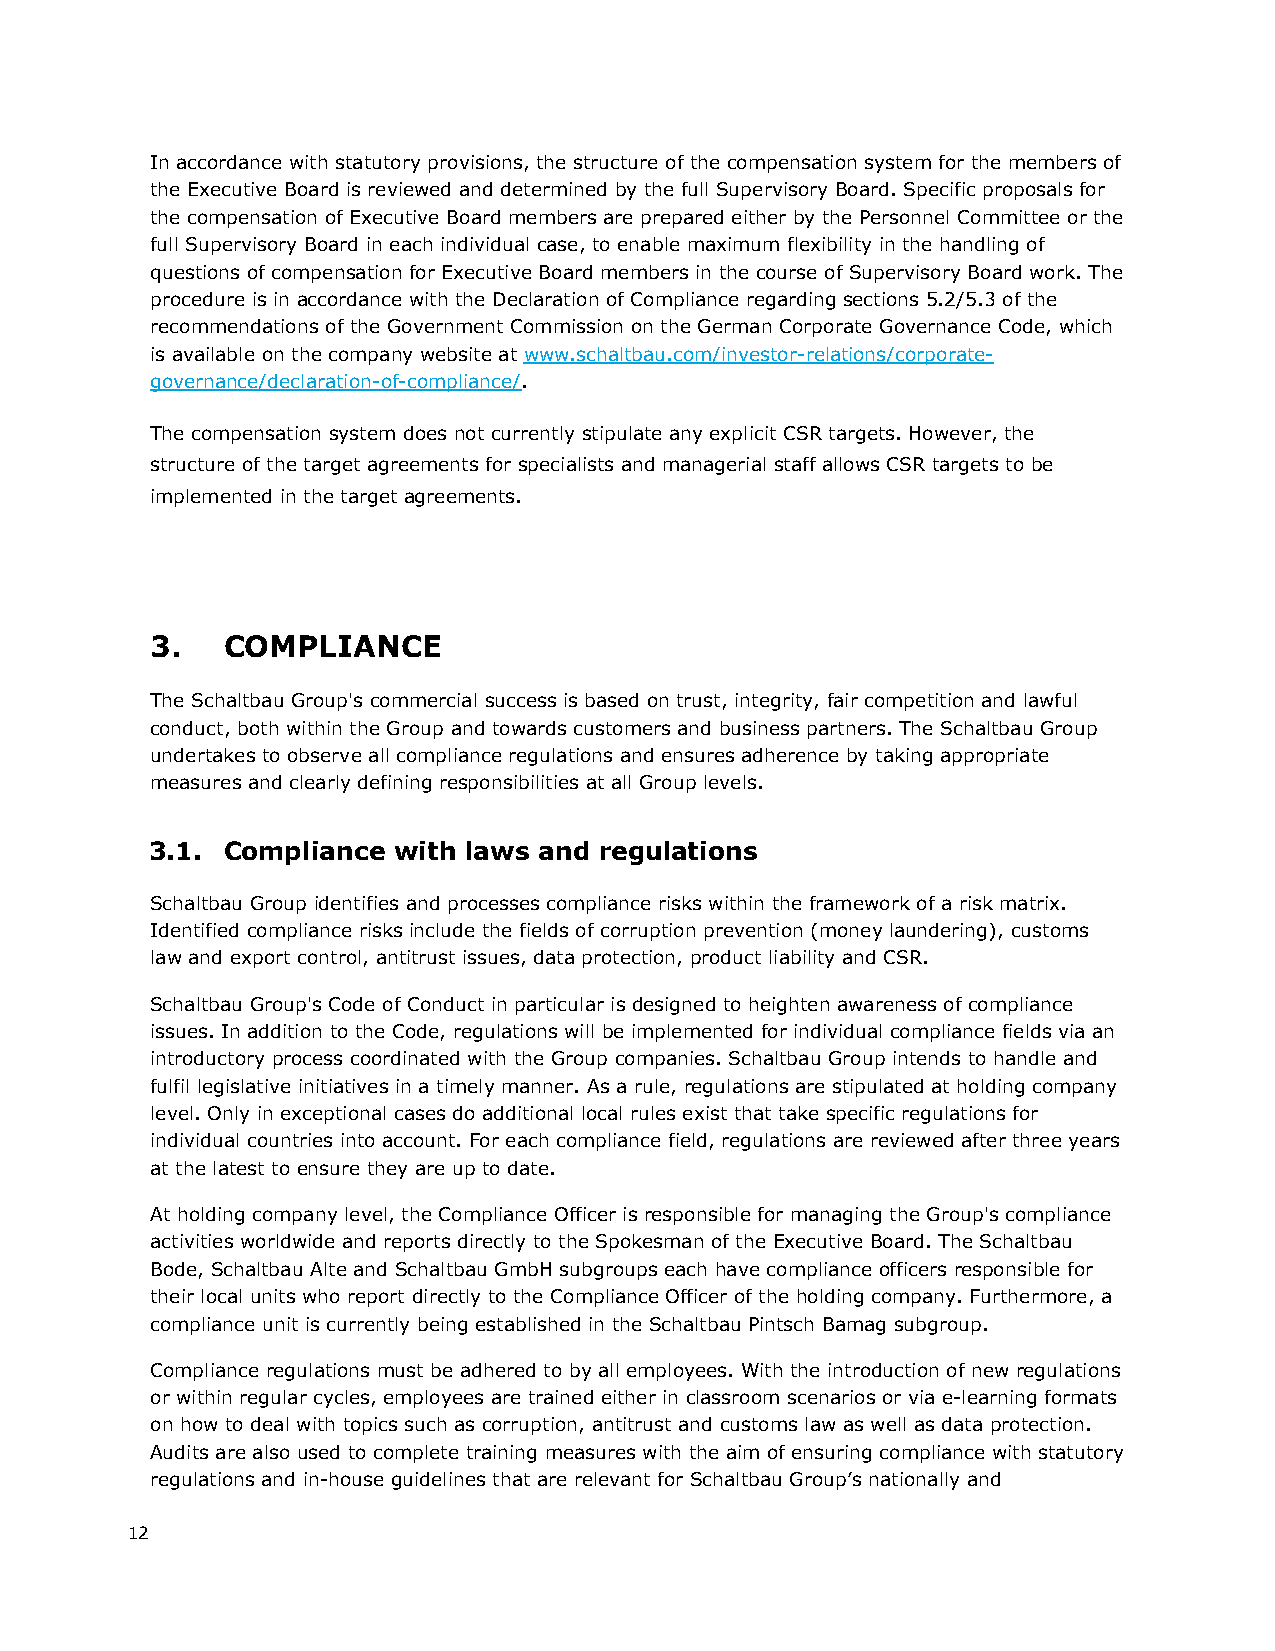
In accordance with statutory provisions, the structure of the compensation system for the members of
 the Executive Board is reviewed and determined by the full Supervisory Board. Specific proposals for
 the compensation of Executive Board members are prepared either by the Personnel Committee or the
 full Supervisory Board in each individual case, to enable maximum flexibility in the handling of
 questions of compensation for Executive Board members in the course of Supervisory Board work. The
 procedure is in accordance with the Declaration of Compliance regarding sections 5.2/5.3 of the
 recommendations of the Government Commission on the German Corporate Governance Code, which
 is available on the company website at www.schaltbau.com/investor-relations/corporate-
 governance/declaration-of-compliance/.
 The compensation system does not currently stipulate any explicit CSR targets. However, the
 structure of the target agreements for specialists and managerial staff allows CSR targets to be
 implemented in the target agreements.
 3.   COMPLIANCE
 The Schaltbau Group's commercial success is based on trust, integrity, fair competition and lawful
 conduct, both within the Group and towards customers and business partners. The Schaltbau Group
 undertakes to observe all compliance regulations and ensures adherence by taking appropriate
 measures and clearly defining responsibilities at all Group levels.
 3.1. Compliance with laws and regulations
 Schaltbau Group identifies and processes compliance risks within the framework of a risk matrix.
 Identified compliance risks include the fields of corruption prevention (money laundering), customs
 law and export control, antitrust issues, data protection, product liability and CSR.
 Schaltbau Group's Code of Conduct in particular is designed to heighten awareness of compliance
 issues. In addition to the Code, regulations will be implemented for individual compliance fields via an
 introductory process coordinated with the Group companies. Schaltbau Group intends to handle and
 fulfil legislative initiatives in a timely manner. As a rule, regulations are stipulated at holding company
 level. Only in exceptional cases do additional local rules exist that take specific regulations for
 individual countries into account. For each compliance field, regulations are reviewed after three years
 at the latest to ensure they are up to date.
 At holding company level, the Compliance Officer is responsible for managing the Group's compliance
 activities worldwide and reports directly to the Spokesman of the Executive Board. The Schaltbau
 Bode, Schaltbau Alte and Schaltbau GmbH subgroups each have compliance officers responsible for
 their local units who report directly to the Compliance Officer of the holding company. Furthermore, a
 compliance unit is currently being established in the Schaltbau Pintsch Bamag subgroup.
 Compliance regulations must be adhered to by all employees. With the introduction of new regulations
 or within regular cycles, employees are trained either in classroom scenarios or via e-learning formats
 on how to deal with topics such as corruption, antitrust and customs law as well as data protection.
 Audits are also used to complete training measures with the aim of ensuring compliance with statutory
 regulations and in-house guidelines that are relevant for Schaltbau Group’s nationally and
 12